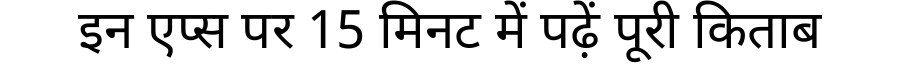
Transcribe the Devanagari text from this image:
इन एप्स पर 15 मिनट में पढ़ें पूरी किताब